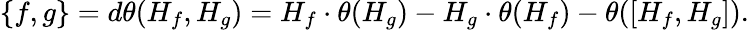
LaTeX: \{ f,g\} =d\theta(H_{f},H_{g})=H_{f}\cdot\theta(H_{g})-H_{g}\cdot\theta(H_{f})-\theta([H_{f},H_{g}]).